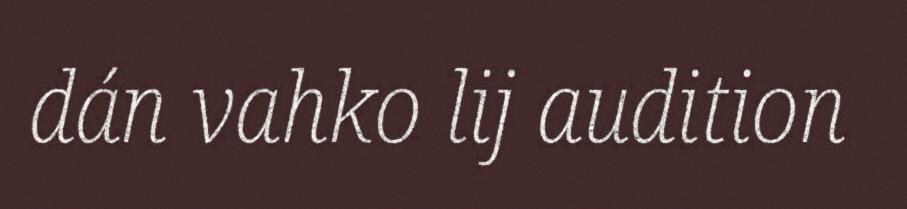
dán vahko lij audition